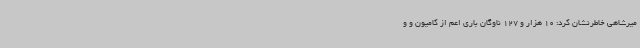
میرشاهی خاطرنشان کرد: 10 هزار و 127 ناوگان باری اعم از کامیون و و